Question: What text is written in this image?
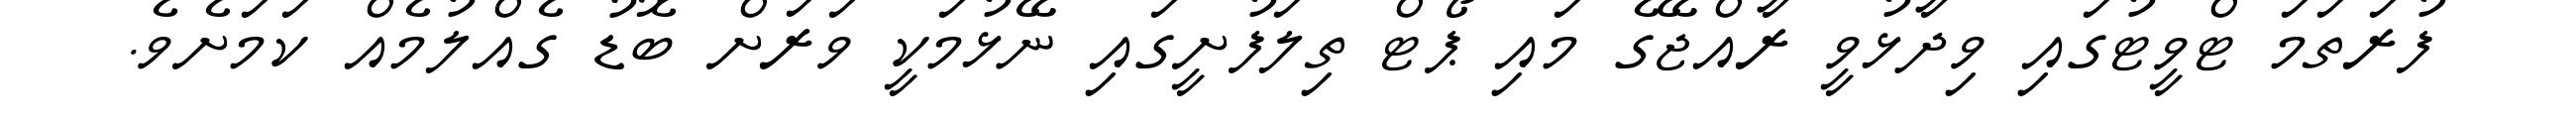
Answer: ފުރަތަމަ ޓްވީޓުގައި ވިދާޅުވީ ރާއްޖޭގެ މައި ޕޯޓް ތިލަފުށީގައި ނޭޅުމަކީ ވަރަށް ބޮޑު ގެއްލުމެއް ކަމަށެވެ.